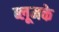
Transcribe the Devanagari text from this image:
ब्लूमके